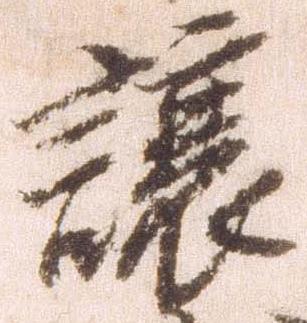
譲